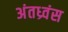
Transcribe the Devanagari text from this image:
अंतध्र्वंस